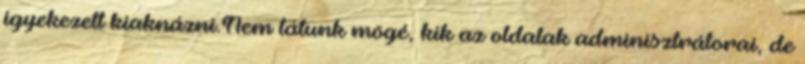
igyekezett kiaknázni.Nem látunk mögé, kik az oldalak adminisztrátorai, de